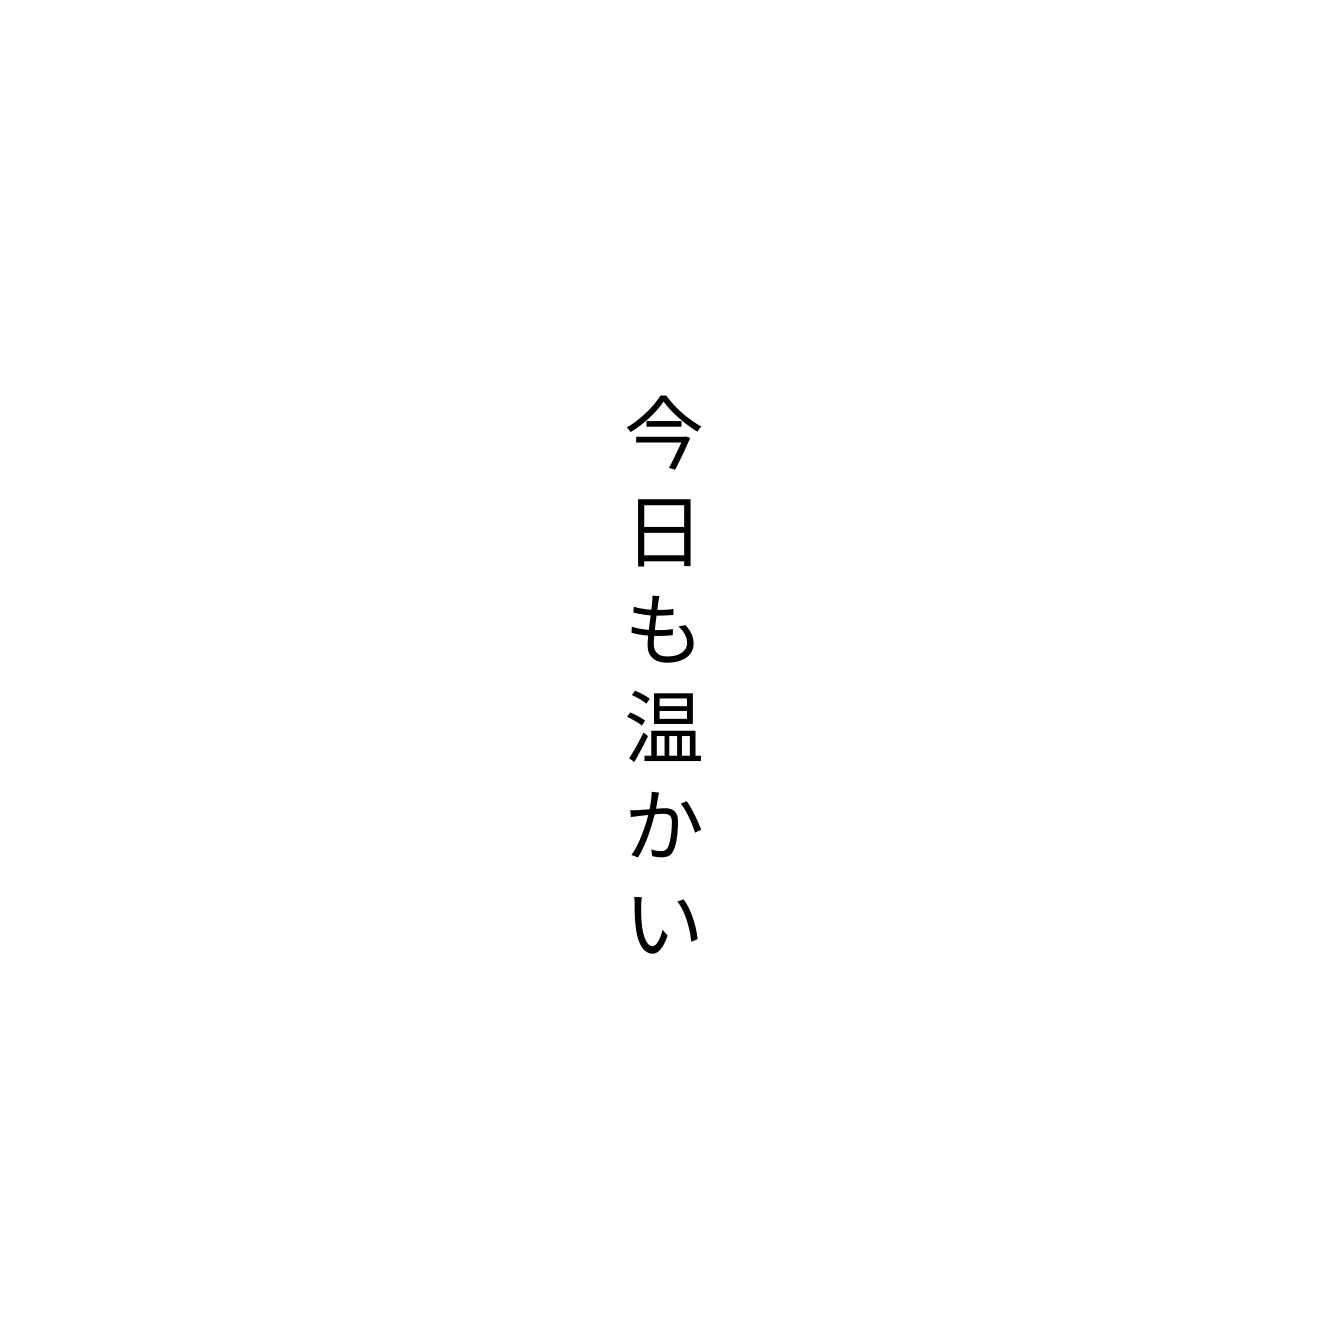
今日も温かい